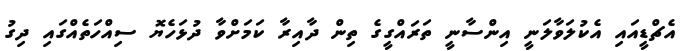
އެޗްޑީއައި އެކުލަވާލަނީ އިންސާނީ ތަރައްގީގެ ތިން ދާއިރާ ކަމަށްވާ ދުޅަހެޔޮ ސިއްހަތެއްގައި ދިގު